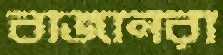
বাজানরা